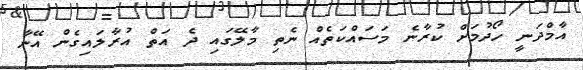
އާމްދަނީ ހޯދުމަށް ކުރާނެ މަސައްކަތެއް ނެތި މާލޭގައި ދެ އަތް އުރާލައިގެން އޭނާ